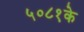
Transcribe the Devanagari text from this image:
५०८१के